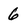
Character: 6